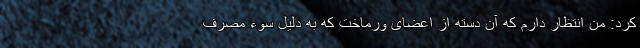
کرد: من انتظار دارم که آن دسته از اعضای ورماخت که به دلیل سوء مصرف